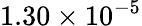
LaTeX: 1.30\times 10^{-5}